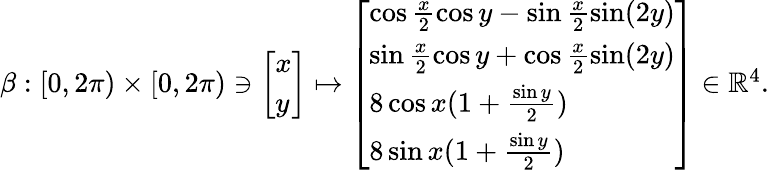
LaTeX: \begin{array}{r}{\beta:[0,2\pi)\times[0,2\pi)\ni\left[\begin{array}{l}{x}\\ {y}\end{array}\right]\mapsto\left[\begin{array}{l}{\cos\frac{x}{2}\cos y-\sin\frac{x}{2}\sin(2y)}\\ {\sin\frac{x}{2}\cos y+\cos\frac{x}{2}\sin(2y)}\\ {8\cos x(1+\frac{\sin y}{2})}\\ {8\sin x(1+\frac{\sin y}{2})}\end{array}\right]\in\mathbb{R}^{4}.}\end{array}